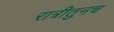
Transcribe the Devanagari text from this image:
रात्रीतुनच